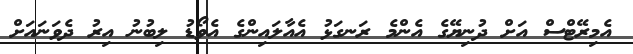
އެމިރޭޓްސް އަށް ދުނިޔޭގެ އެންމެ ރަނގަޅު އެއާލައިންގެ އެވޯޑު ލިބުނު އިރު ދެވަނައަށް